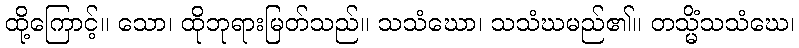
ထို့ကြောင့်။ သော၊ ထိုဘုရားမြတ်သည်။ သသံဃော၊ သသံဃမည်၏။ တသ္မိံသသံဃေ၊